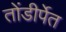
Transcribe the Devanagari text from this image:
तोंडीर्पेत